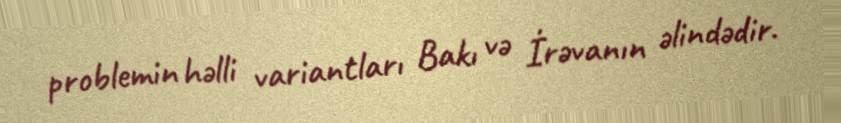
problemin həlli variantları Bakı və İrəvanın əlindədir.